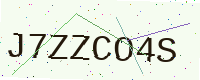
Text: J7ZZCO4S